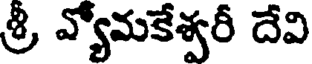
శ్రీ వ్యోమకేశ్వరీ దేవి